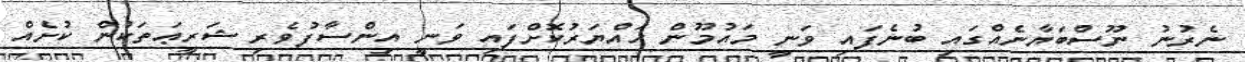
ނެރުނު ނޫސްބަޔާނެއްގައި ބުނެފައި ވަނީ މައުމޫން ހައްޔަރުކޮށްފައި ވަނީ އިންސާފުވެރި ޝަރީޢަތަކުން ކުށެއް